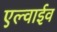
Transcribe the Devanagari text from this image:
एल्वाईव